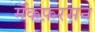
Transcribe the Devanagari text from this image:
मॅकफ़रसन